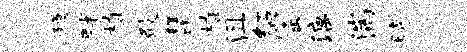
稳畔植殿琵植沮绍窟漓湍时